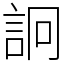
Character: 詗